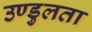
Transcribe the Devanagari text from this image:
उण्डुलता